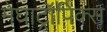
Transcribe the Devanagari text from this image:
मेघाट्रॉपिक्स